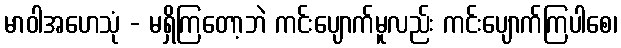
မာဝါအဟေသုံ - မရှိကြတော့ဘဲ ကင်းပျောက်မူလည်း ကင်းပျောက်ကြပါစေ၊